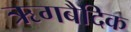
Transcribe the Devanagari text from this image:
ऋगबैदिक